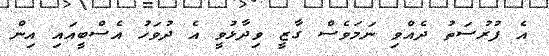
އެ ފުރުސަތު ދެއްވި ނަމަވެސް ގާޒީ ވިދާޅުވީ އެ ދުވަހު އެސްބީއައި އިން